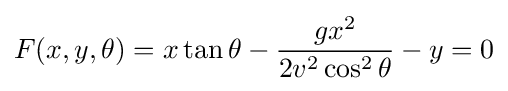
F(x,y,\theta )=x\tan \theta -{\frac {gx^{2}}{2v^{2}\cos ^{2}\theta }}-y=0